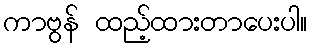
ကာဗွန် ထည့်ထားတာပေးပါ။